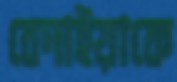
বেদাইয়াকে